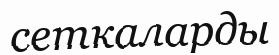
сеткаларды